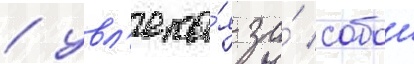
/ увл'ека́я за́ собои